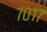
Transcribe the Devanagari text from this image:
७०१७